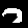
Digit: 7